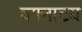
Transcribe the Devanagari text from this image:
वगनाटय